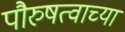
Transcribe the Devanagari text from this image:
पौरुषत्वाच्या